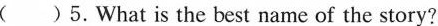
( )5.What is the best name of the story?